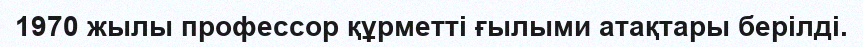
1970 жылы профессор құрметті ғылыми атақтары берілді.